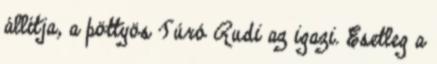
állítja, a pöttyös Túró Rudi az igazi. Esetleg a